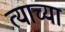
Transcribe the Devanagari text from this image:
त्‍याच्या